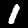
Digit: 1